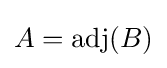
A={\rm {adj}}(B)